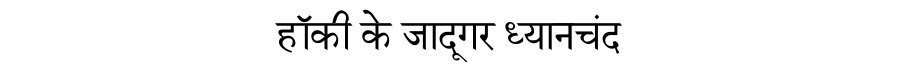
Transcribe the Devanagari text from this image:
हॉकी के जादूगर ध्यानचंद